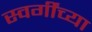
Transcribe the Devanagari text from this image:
स्वर्गींच्या